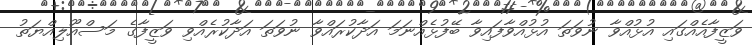
ވަޒީފާއެއްގައި އުޅުއްވާ ނުވަތަ އުޅުއްވާފައިވާ ބޭފުޅެއްނަމަ އަދާކުރައްވާ ނުވަތަ އަދާކުރެއްވި ވަޒީފާގެ މަސްއޫލިއްޔަތު